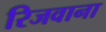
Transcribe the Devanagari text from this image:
रिजवाना